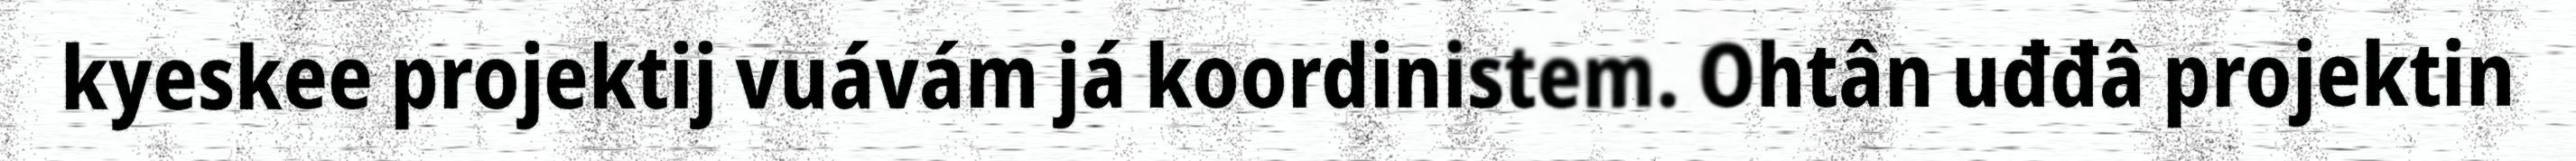
kyeskee projektij vuávám já koordinistem. Ohtân uđđâ projektin